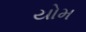
યોમ